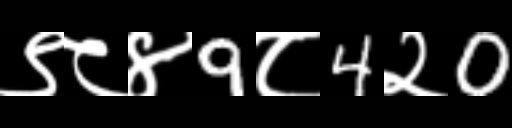
Text: ९८४9८4२0